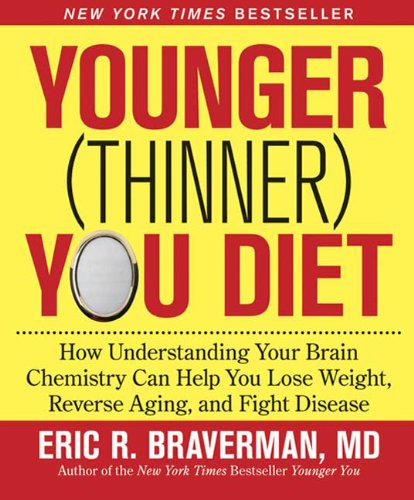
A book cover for Younger (Thinner) You Diet: How Understanding Your Brain Chemistry Can Help You Lose Weight, Reverse Aging, and Fight Disease; MD Eric R. Braverman; Health, Fitness & Dieting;